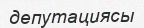
депутациясы